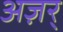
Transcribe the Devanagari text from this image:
अज़र्